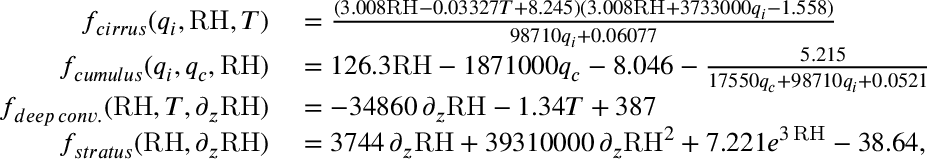
\begin{array} { r l } { f _ { c i r r u s } ( q _ { i } , \mathrm { R H } , T ) } & { { } = \frac { ( 3 . 0 0 8 \mathrm { R H } - 0 . 0 3 3 2 7 T + 8 . 2 4 5 ) ( 3 . 0 0 8 \mathrm { R H } + 3 7 3 3 0 0 0 q _ { i } - 1 . 5 5 8 ) } { 9 8 7 1 0 q _ { i } + 0 . 0 6 0 7 7 } } \\ { f _ { c u m u l u s } ( q _ { i } , q _ { c } , \mathrm { R H } ) } & { { } = 1 2 6 . 3 \mathrm { R H } - 1 8 7 1 0 0 0 q _ { c } - 8 . 0 4 6 - \frac { 5 . 2 1 5 } { 1 7 5 5 0 q _ { c } + 9 8 7 1 0 q _ { i } + 0 . 0 5 2 1 2 } } \\ { f _ { d e e p \, c o n v . } ( \mathrm { R H } , T , \partial _ { z } \mathrm { R H } ) } & { { } = - 3 4 8 6 0 \, \partial _ { z } \mathrm { R H } - 1 . 3 4 T + 3 8 7 } \\ { f _ { s t r a t u s } ( \mathrm { R H } , \partial _ { z } \mathrm { R H } ) } & { { } = 3 7 4 4 \, \partial _ { z } \mathrm { R H } + 3 9 3 1 0 0 0 0 \, \partial _ { z } \mathrm { R H } ^ { 2 } + 7 . 2 2 1 e ^ { 3 \, \mathrm { R H } } - 3 8 . 6 4 , } \end{array}